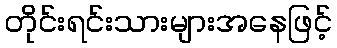
တိုင်းရင်းသားများအနေဖြင့်